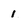
Character: 1